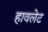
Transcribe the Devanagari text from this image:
हावलेट